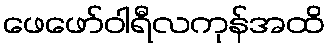
ဖေဖော်ဝါရီလကုန်အထိ